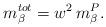
LaTeX: \begin{align*}m^{tot}_\beta = w^2 \, m^P_\beta.\end{align*}